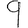
Digit: 9